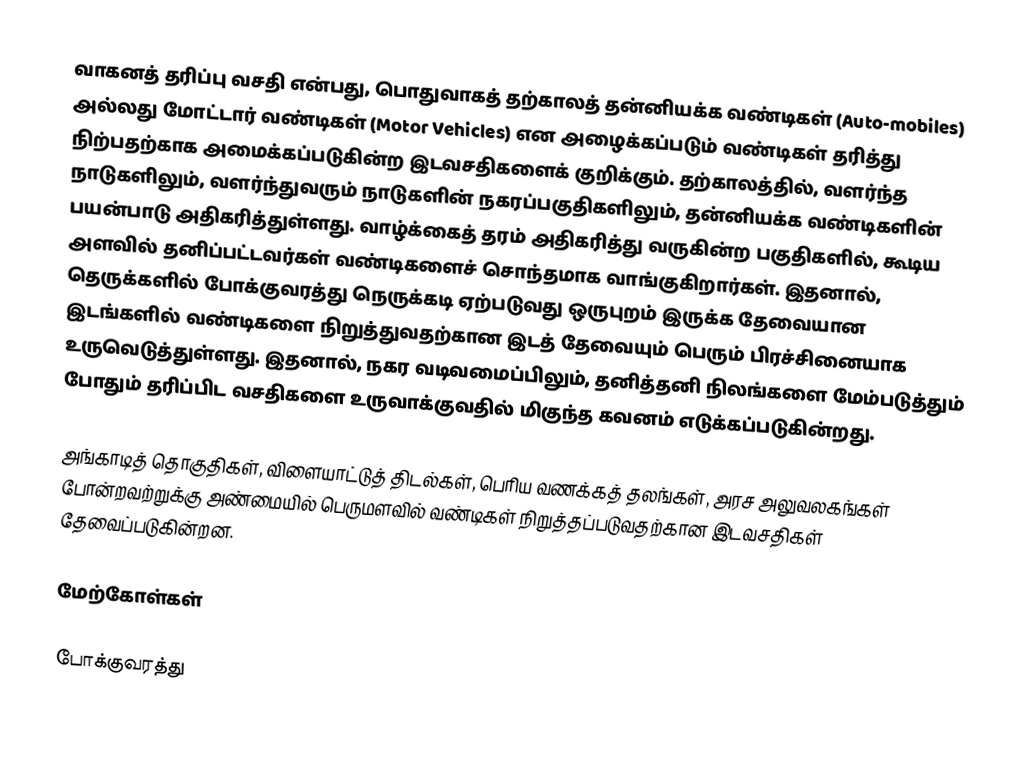
வாகனத் தரிப்பு வசதி என்பது, பொதுவாகத் தற்காலத் தன்னியக்க வண்டிகள் (Auto-mobiles) அல்லது மோட்டார் வண்டிகள் (Motor Vehicles) என அழைக்கப்படும் வண்டிகள் தரித்து நிற்பதற்காக அமைக்கப்படுகின்ற இடவசதிகளைக் குறிக்கும். தற்காலத்தில், வளர்ந்த நாடுகளிலும், வளர்ந்துவரும் நாடுகளின் நகரப்பகுதிகளிலும், தன்னியக்க வண்டிகளின் பயன்பாடு அதிகரித்துள்ளது. வாழ்க்கைத் தரம் அதிகரித்து வருகின்ற பகுதிகளில், கூடிய அளவில் தனிப்பட்டவர்கள் வண்டிகளைச் சொந்தமாக வாங்குகிறார்கள். இதனால், தெருக்களில் போக்குவரத்து நெருக்கடி ஏற்படுவது ஒருபுறம் இருக்க தேவையான இடங்களில் வண்டிகளை நிறுத்துவதற்கான இடத் தேவையும் பெரும் பிரச்சினையாக உருவெடுத்துள்ளது. இதனால், நகர வடிவமைப்பிலும், தனித்தனி நிலங்களை மேம்படுத்தும் போதும் தரிப்பிட வசதிகளை உருவாக்குவதில் மிகுந்த கவனம் எடுக்கப்படுகின்றது.

அங்காடித் தொகுதிகள், விளையாட்டுத் திடல்கள், பெரிய வணக்கத் தலங்கள், அரச அலுவலகங்கள் போன்றவற்றுக்கு அண்மையில் பெருமளவில் வண்டிகள் நிறுத்தப்படுவதற்கான இடவசதிகள் தேவைப்படுகின்றன.

மேற்கோள்கள்

போக்குவரத்து